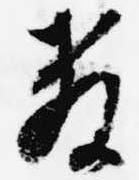
教